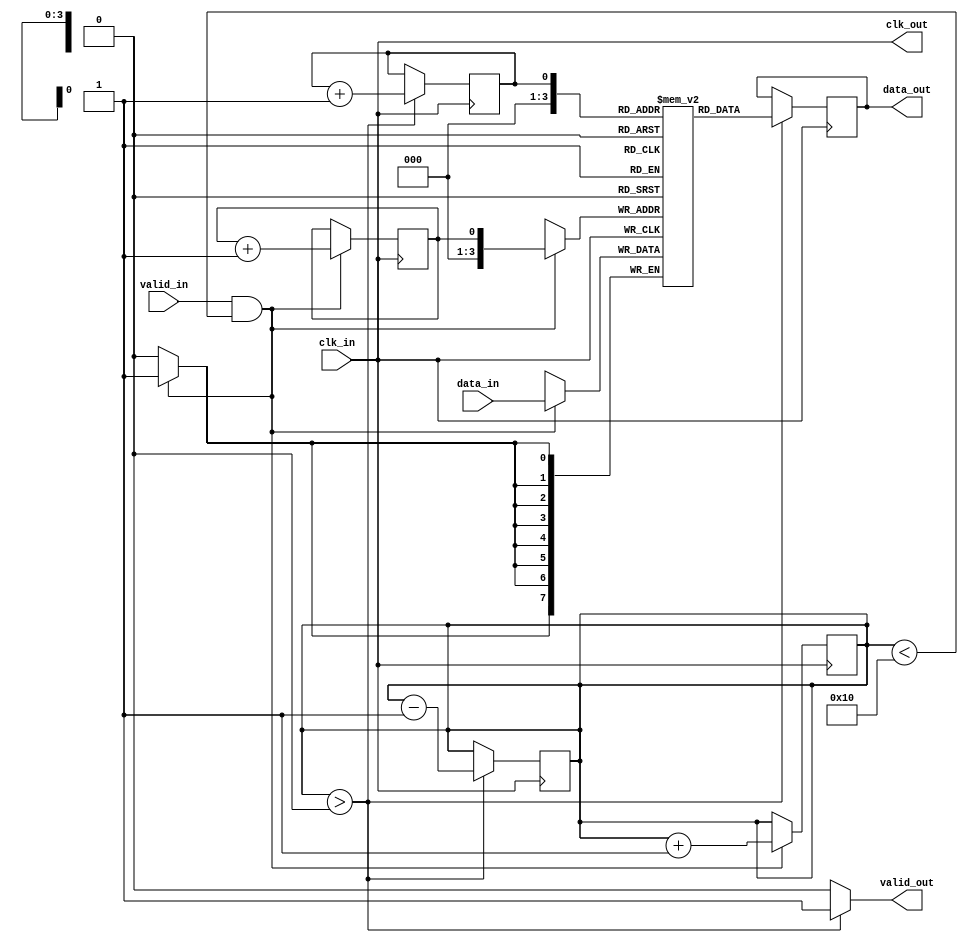
module burst_synchronizer (
    input wire clk_in,
    input wire [DATA_WIDTH-1:0] data_in,
    input wire valid_in,
    output wire clk_out,
    output wire [DATA_WIDTH-1:0] data_out,
    output wire valid_out
);

parameter DATA_WIDTH = 8;
parameter FIFO_DEPTH = 16;

reg [DATA_WIDTH-1:0] fifo [FIFO_DEPTH-1:0];
reg head = 0;
reg tail = 0;
reg count = 0;

always @ (posedge clk_in) begin
    if (valid_in && count < FIFO_DEPTH) begin
        fifo[tail] <= data_in;
        tail <= tail + 1;
        count <= count + 1;
    end
end

always @ (posedge clk_out) begin
    if (count > 0) begin
        data_out <= fifo[head];
        head <= head + 1;
        count <= count - 1;
    end
end

assign valid_out = (count > 0) ? 1'b1 : 1'b0;
assign clk_out = clk_in;

endmodule